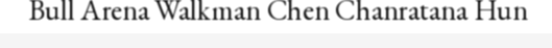
Bull Arena Walkman Chen Chanratana Hun